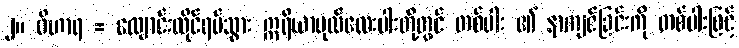
၂။ ဝိဟာရ = လျောင်းထိုင်ရပ်သွား ဣရိယာပုထ်လေးပါးတို့တွင် တစ်ပါး ၏ နာကျင်ခြင်းကို တစ်ပါးဖြင့်